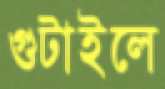
গুটাইলে